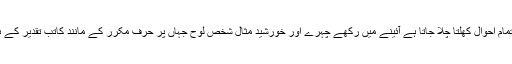
ان کی تحریریں پڑھ کر تمام احوال کھلتا چلا جاتا ہے آئینے میں رکھے چہرے اور خورشید مثال شخص لوح جہاں پر حرف مکرر کے مانند کاتب تقدیر کے ہاتوں مٹا دیے جاتے ہیں۔